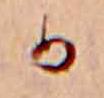
か